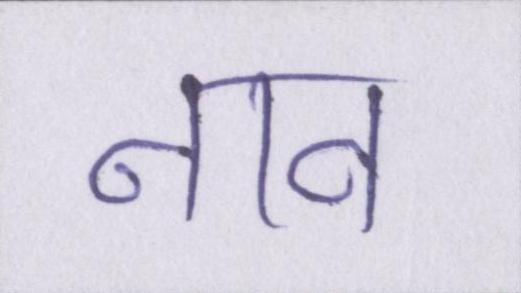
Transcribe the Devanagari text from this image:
नाव